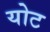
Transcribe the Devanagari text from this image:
योट